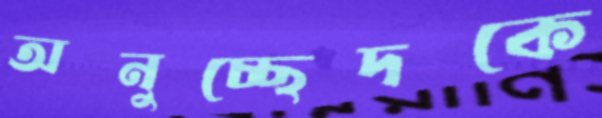
অনুচ্ছেদকে